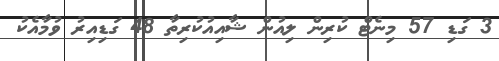
3 ގަޑި 57 މިނެޓް ކުރިން ލިއުން ޝާއިއުކުރިތާ 48 ގަޑިއިރު ވުމާއެކު